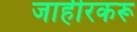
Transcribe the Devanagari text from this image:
जाहीरकरू